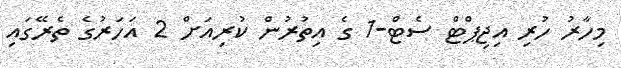
މިހާރު ހުރި އިޖިޕްޓް ސެޓް-1 ގެ އިތުރުން ކުރިއަށް 2 އަހަރުގެ ތެރޭގައި